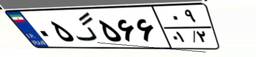
۱۹گ۲۴۵۹۹